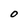
Character: O